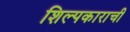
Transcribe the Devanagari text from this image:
शिल्पकाराची